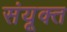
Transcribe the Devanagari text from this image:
संयूक्त